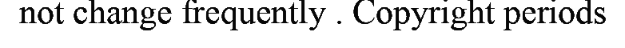
not change frequently . Copyright periods